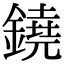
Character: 鐃